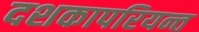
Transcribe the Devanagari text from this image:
दशकापरियन्त